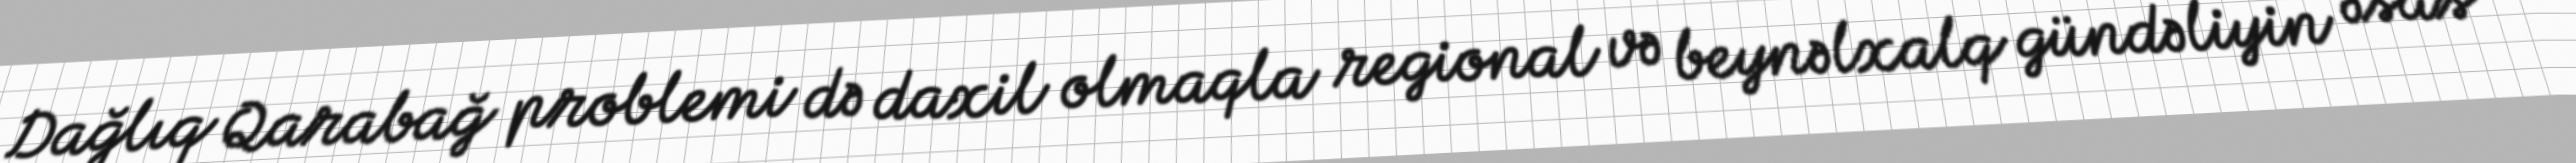
Dağlıq Qarabağ problemi də daxil olmaqla regional və beynəlxalq gündəliyin əsas